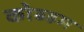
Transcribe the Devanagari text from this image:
कोब्हम